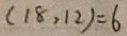
( 1 8 , 1 2 ) = 6